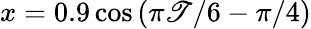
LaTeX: x=0.9\cos{(\pi\mathscr{T}/6-\pi/4)}